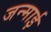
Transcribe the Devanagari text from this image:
जन्माई